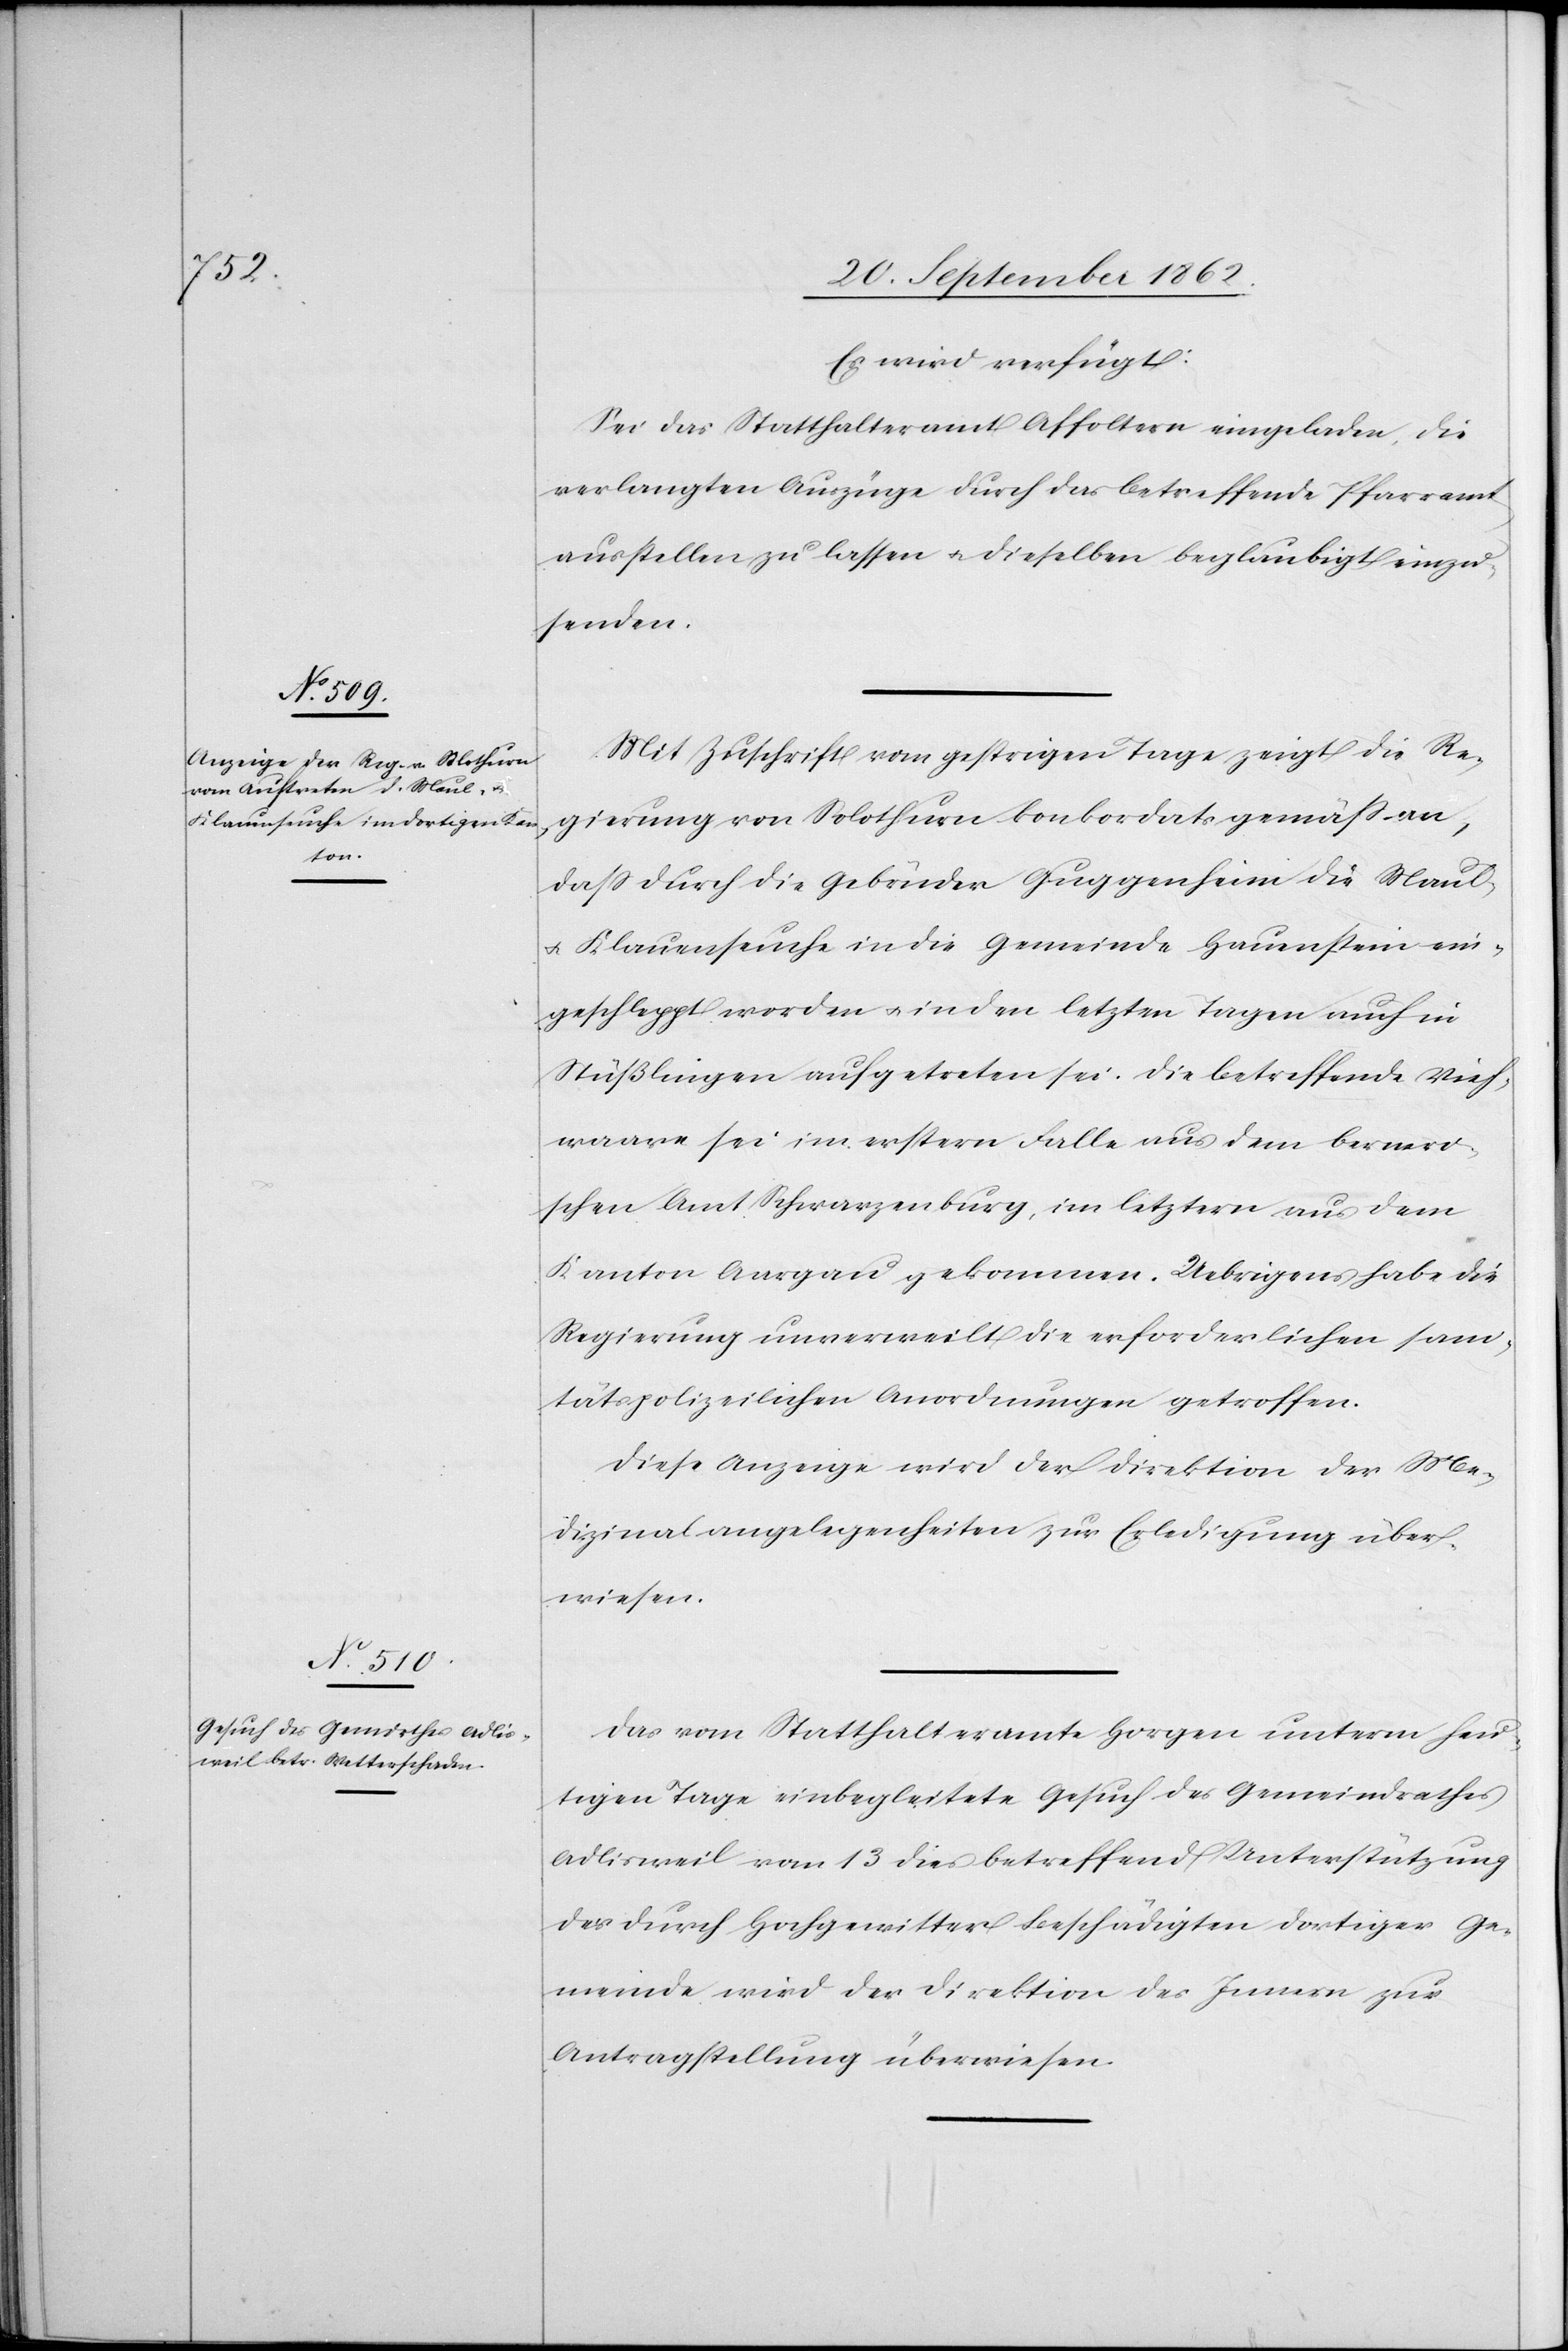
25. September 1862.]
Es wird verfügt:
Sei das Statthalteramt Affoltern eingeladen, die
verlangten Auszüge durch das betreffende Pfarramt
ausstellen zu lassen u. dieselben beglaubigt einzu¬
senden.
Mit Zuschrift vom gestrigen Tage zeigt die Re¬
gierung von Solothurn konkordatsgemäß an,
daß durch die Gebrüder Guggenheim die Maul-
u. Klauenseuche in die Gemeinde Hauenstein ein¬
geschleppt worden u. in den letzten Tagen auch in
Stüßlingen aufgetreten sei. Die betreffende Vieh¬
waare sei im erstern Falle aus dem berneri¬
schen Amt Schwarzenburg, im letztern aus dem
Kanton Aargau gekommen. Uebrigens habe die
Regierung unverweilt die erforderlichen sani¬
tätspolizeilichen Anordnungen getroffen.
Diese Anzeige wird der Direktion der Me¬
dizinalangelegenheiten zur Erledigung über¬
wiesen.
Das vom Statthalteramte Horgen unterm heu¬
tigen Tage einbegleitete Gesuch des Gemeindrathes
Adlisweil vom 13. dies betreffend Unterstützung
des durch Hochgewitter Beschädigten dortiger Ge¬
meinde wird der Direktion des Innern zur
Antragstellung überwiesen.